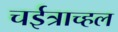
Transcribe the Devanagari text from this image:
चईत्राच्हल